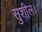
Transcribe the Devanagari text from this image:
सुशील।